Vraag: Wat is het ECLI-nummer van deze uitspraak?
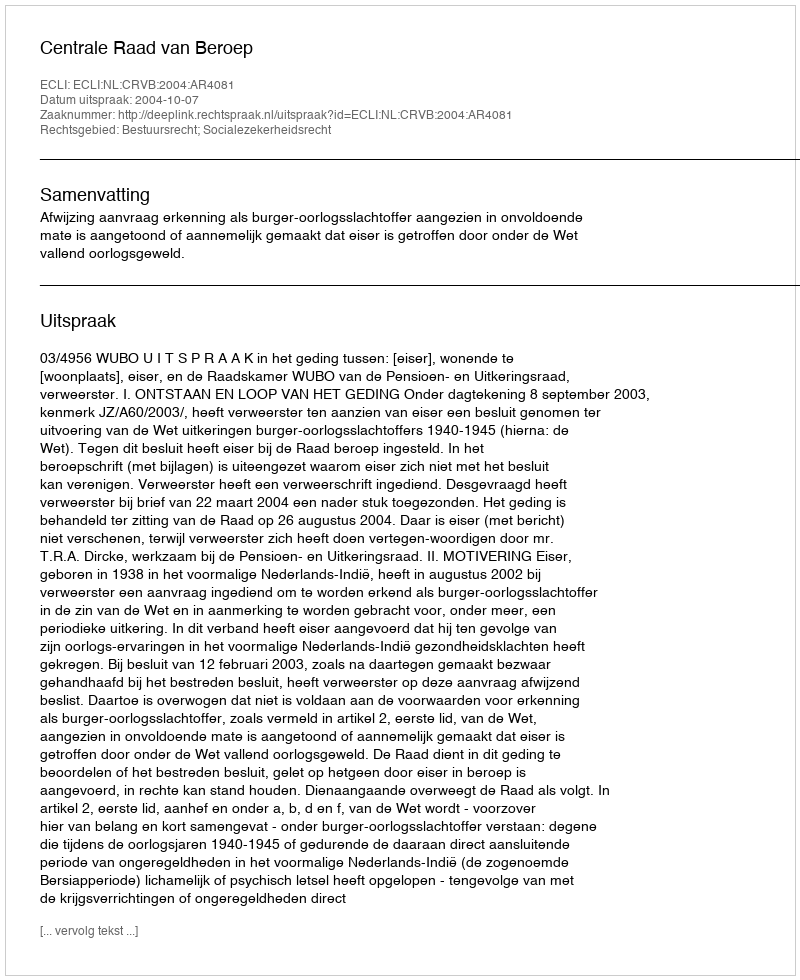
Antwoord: ECLI:NL:CRVB:2004:AR4081